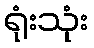
ရုံးသုံး